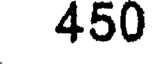
450